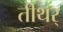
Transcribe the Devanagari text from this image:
तीथर्